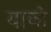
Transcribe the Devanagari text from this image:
याव्‍हे